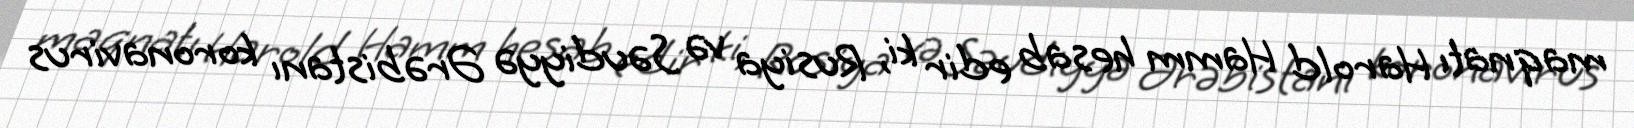
maqnatı Harold Hamm hesab edir ki, Rusiya və Səudiyyə Ərəbistanı koronavirus